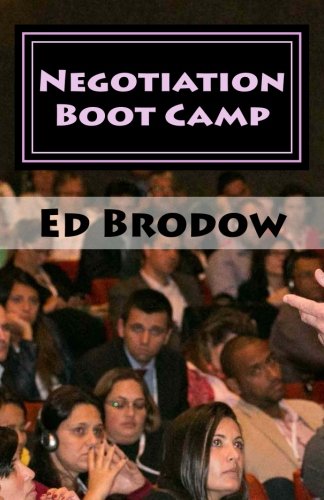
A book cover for Negotiation Boot Camp: How to Resolve Conflict, Satisfy Customers, and Make Better Deals; Ed Brodow; Business & Money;